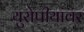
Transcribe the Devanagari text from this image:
युरोपीयांवर